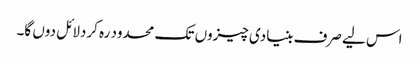
اس لیے صرف بنیادی چیزوں تک محدود رہ کردلائل دوں گا۔